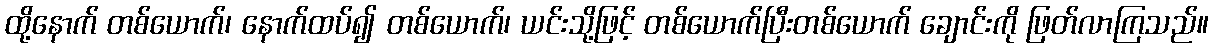
ထို့နောက် တစ်ယောက်၊ နောက်ထပ်၍ တစ်ယောက်၊ ယင်းသို့ဖြင့် တစ်ယောက်ပြီးတစ်ယောက် ချောင်းကို ဖြတ်လာကြသည်။